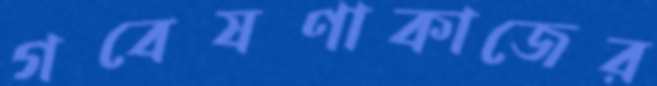
গবেষণাকাজের